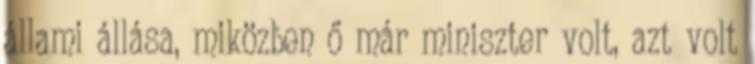
állami állása, miközben ő már miniszter volt, azt volt